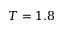
T = 1 . 8